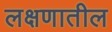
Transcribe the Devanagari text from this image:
लक्षणातील